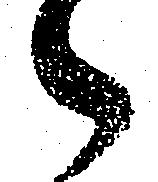
御